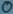
Text: 0